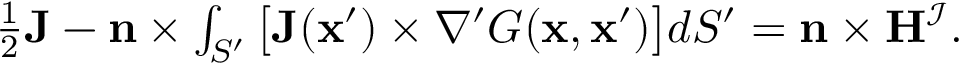
\begin{array} { r } { \frac { 1 } { 2 } \mathbf { J } - \mathbf { n } \times \int _ { S ^ { \prime } } \big [ \mathbf { J } ( \mathbf { x } ^ { \prime } ) \times \nabla ^ { \prime } G ( \mathbf { x } , \mathbf { x } ^ { \prime } ) \big ] d S ^ { \prime } = \mathbf { n } \times \mathbf { H } ^ { \mathcal { I } } . } \end{array}